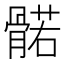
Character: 𮪰